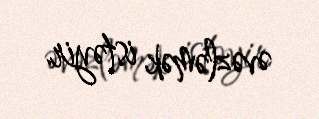
əvəzləmək istəyir.